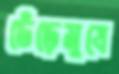
ডেঁড়েমুষে